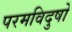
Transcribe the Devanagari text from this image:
परमविदुषो